Civil Veterinary Dept. Bombay admin report 1914-1922 - 1914-1922
Year: 1914
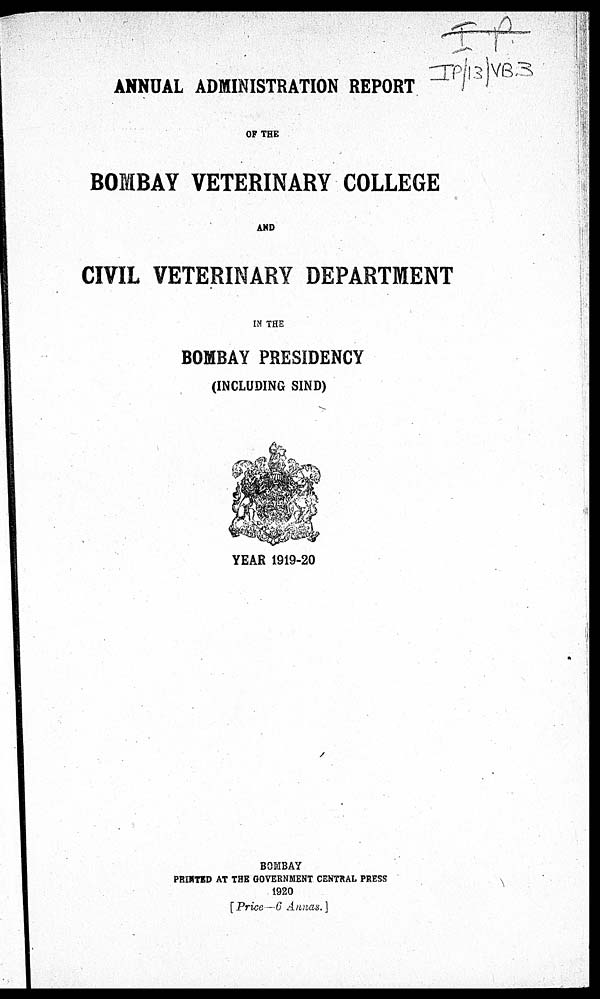
ANNUAL ADMINISTRATION REPORT
OF THE
BOMBAY VETERINARY COLLEGE
AND
CIVIL VETERINARY DEPARTMENT
IN THE
BOMBAY PRESIDENCY
(INCLUDING SIND)
YEAR 1919-20
BOMBAY
PRINTED AT THE GOVERNMENT CENTRAL PRESS
1920
[Price—6 Annas.]